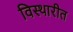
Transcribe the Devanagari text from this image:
विस्थारीत